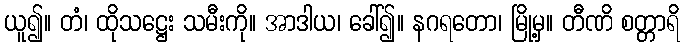
ယူ၍။ တံ၊ ထိုသဋ္ဌေး သမီးကို။ အာဒါယ၊ ခေါ်၍။ နဂရတော၊ မြို့မှ။ တီဏိ စတ္တာရိ